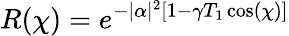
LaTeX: R(\chi)=e^{-|\alpha|^{2}[1-\gamma T_{1}\cos(\chi)]}